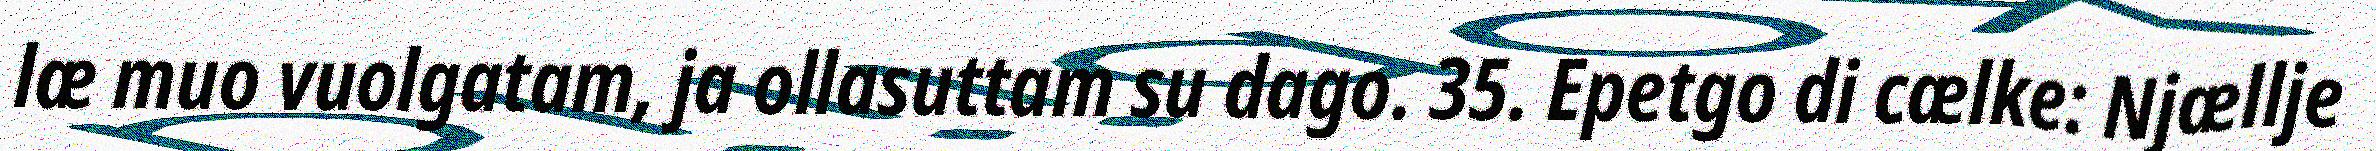
læ muo vuolgatam, ja ollasuttam su dago. 35. Epetgo di cælke: Njællje